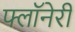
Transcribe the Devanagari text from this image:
फ्लॉनेरी